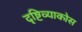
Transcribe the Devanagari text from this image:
दृष्टिव्याकोस